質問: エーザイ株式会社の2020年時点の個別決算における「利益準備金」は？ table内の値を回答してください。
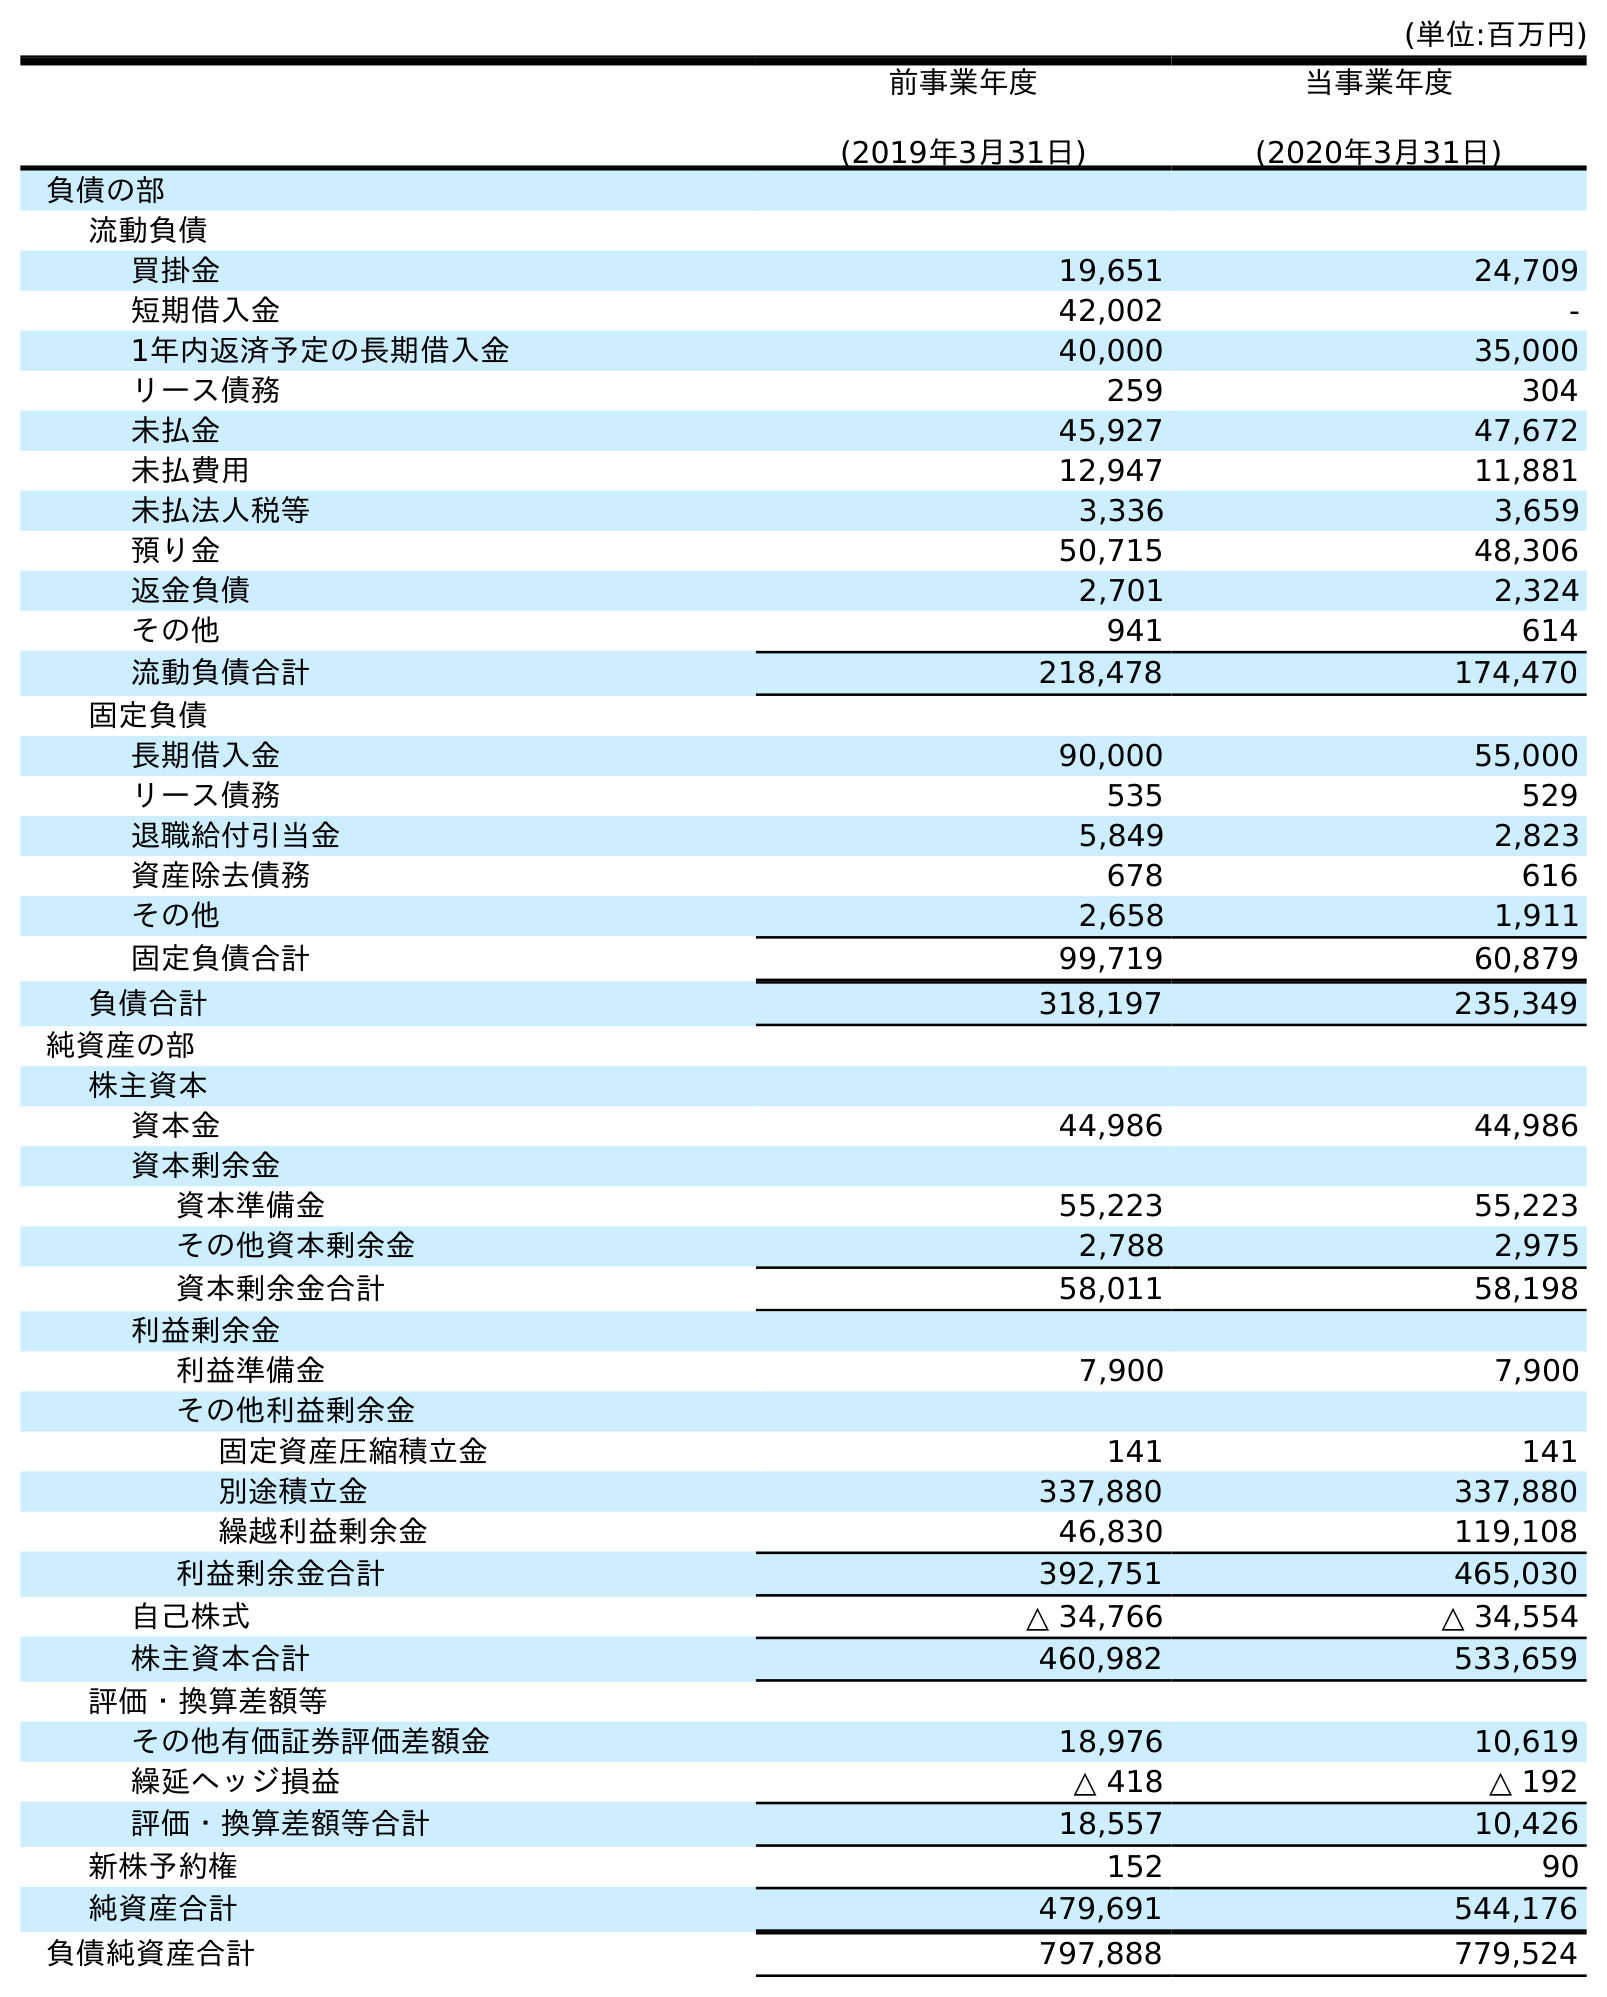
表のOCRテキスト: (単位:百万円) 前事業年度 (2019年3月31日) 当事業年度 (2020年3月31日) 負債の部 流動負債 買掛金 19,651 24,709 短期借入金 42,002 - 1年内返済予定の長期借入金 40,000 35,000 リース債務 259 304 未払金 45,927 47,672 未払費用 12,947 11,881 未払法人税等 3,336 3,659 預り金 50,715 48,306 返金負債 2,701 2,324 その他 941 614 流動負債合計 218,478 174,470 固定負債 長期借入金 90,000 55,000 リース債務 535 529 退職給付引当金 5,849 2,823 資産除去債務 678 616 その他 2,658 1,911 固定負債合計 99,719 60,879 負債合計 318,197 235,349 純資産の部 株主資本 資本金 44,986 44,986 資本剰余金 資本準備金 55,223 55,223 その他資本剰余金 2,788 2,975 資本剰余金合計 58,011 58,198 利益剰余金 利益準備金 7,900 7,900 その他利益剰余金 固定資産圧縮積立金 141 141 別途積立金 337,880 337,880 繰越利益剰余金 46,830 119,108 利益剰余金合計 392,751 465,030 自己株式 △ 34,766 △ 34,554 株主資本合計 460,982 533,659 評価・換算差額等 その他有価証券評価差額金 18,976 10,619 繰延ヘッジ損益 △ 418 △ 192 評価・換算差額等合計 18,557 10,426 新株予約権 152 90 純資産合計 479,691 544,176 負債純資産合計 797,888 779,524
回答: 7,900